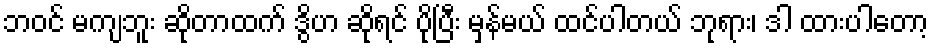
ဘဝင် မကျဘူး ဆိုတာထက် ဒွိဟ ဆိုရင် ပိုပြီး မှန်မယ် ထင်ပါတယ် ဘုရား၊ ဒါ ထားပါတော့